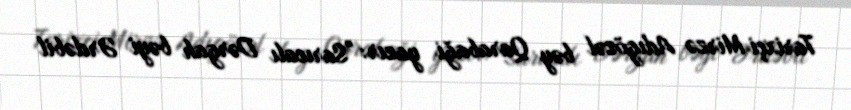
Tarixçi Mirzə Adıgözəl bəy Qarabaği yazır: "Sarıcalı Dərgah bəyi Ərdəbil